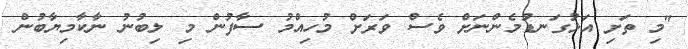
"މި ތަށި އަޅުގަނޑުމެންނަށް ވެސް ވަރަށް މުހިއްމު ސާފުން މި ލިބުނު ނާކާމިޔާބުން